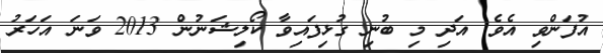
އުފަންވި އެވެ. އަދި މި ބުނި ގުޅިފައިވާ ކޯލިޝަނުން 2013 ވަނަ އަހަރު